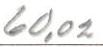
60,02